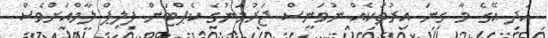
އަދި އޭގެ މާ ގިނަ އިރުތަކެއް ނުވަނީސް ޖަރުމަނުގެ ކެޕްޓަން ފިލިޕް ލާމްއަށްވެސް